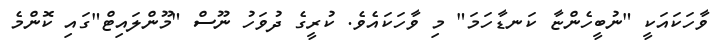
ވާހަކައަކީ "ނުބީހެންޏާ ކަނޑާހަމަ" މި ވާހަކައެވެ. ކުރީގެ ދުވަހު ނޫސް "މޫންލައިޓް"ގައި ކޮންމެ